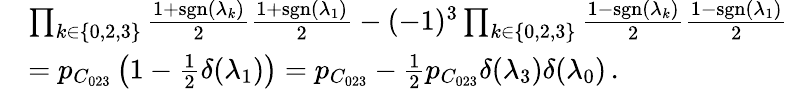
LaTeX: \begin{array}{rl}&{\prod_{k\in\{ 0,2,3\} }\frac{1+\operatorname{sgn}(\lambda_{k})}{2}\frac{1+\operatorname{sgn}(\lambda_{1})}{2}-(-1)^{3}\prod_{k\in\{ 0,2,3\} }\frac{1-\operatorname{sgn}(\lambda_{k})}{2}\frac{1-\operatorname{sgn}(\lambda_{1})}{2}}\\ &{=p_{C_{023}}\left(1-\frac 12\delta(\lambda_{1})\right)=p_{C_{023}}-\frac 12p_{C_{023}}\delta(\lambda_{3})\delta(\lambda_{0})\, .}\end{array}